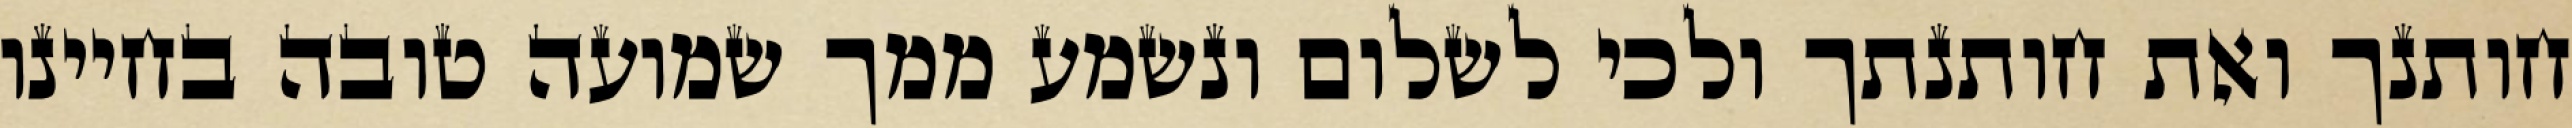
חותנך ואת חותנתך ולכי לשלום ונשמע ממך שמועה טובה בחיינו